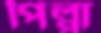
পিল্পা